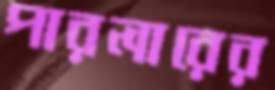
পারলারের